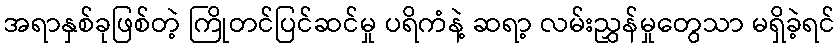
အရာနှစ်ခုဖြစ်တဲ့ ကြိုတင်ပြင်ဆင်မှု ပရိကံနဲ့ ဆရာ့ လမ်းညွှန်မှုတွေသာ မရှိခဲ့ရင်